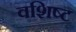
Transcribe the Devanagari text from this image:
वशिष्ट